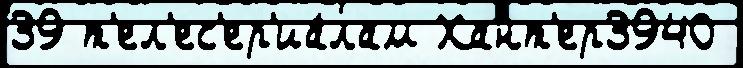
39 т'ел'ес'ер'иа́лам Хант'ер3940